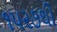
૧૫૨૭થી